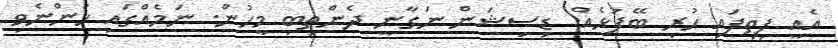
އެއީ ފިތިފައި ހުރި ބޭފުޅެއް. ޑިސިޝަން ނަގާނީ ދެންތިބި މީހުން. ނަމެއްގައި ހުންނެވި